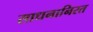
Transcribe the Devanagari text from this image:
साधनानिरत